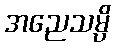
အညေသမ္ပိ